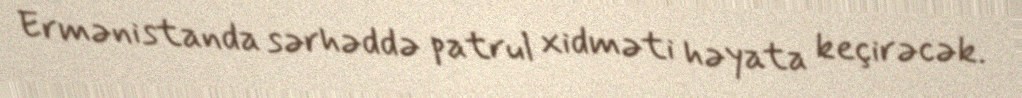
Ermənistanda sərhəddə patrul xidməti həyata keçirəcək.